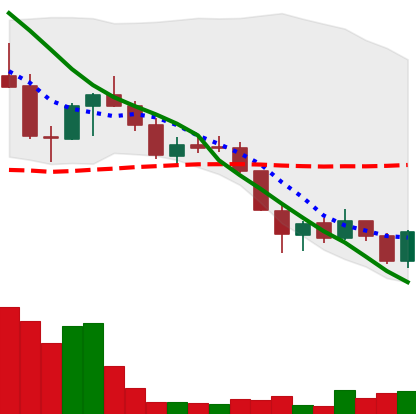
Ticker: LINK-USD
Chart end date: 2018-05-29
Forward return: 3.142%
Label: up_3_5